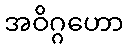
အဝိဂ္ဂဟော